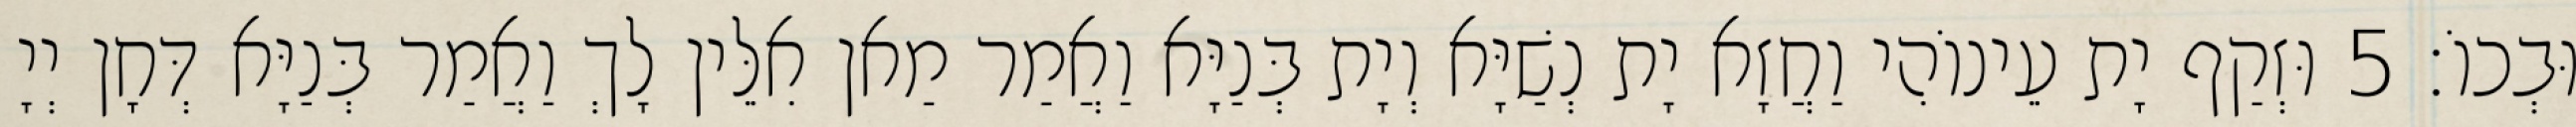
וּבְכוֹ׃ 5 וּזְקַף יָת עֵינוֹהִי וַחֲזָא יָת נְשַׁיָּא וְיָת בְּנַיָּא וַאֲמַר מַאן אִלֵּין לָךְ וַאֲמַר בְּנַיָּא דְּחָן יְיָ